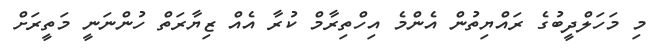
މި މަހަލްދީބުގެ ރައްޔިތުން އެންމެ އިހްތިރާމް ކުރާ އެއް ޒިޔާރަތް ހުންނަނީ މަތީރަށް